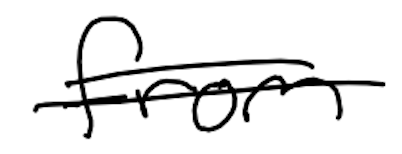
Text: from
Cross-out: double-line
Writing tool: digital_black